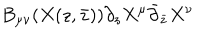
B _ { \mu \nu } ( X ( z , \bar { z } ) ) \partial _ { z } X ^ { \mu } \bar { \partial } _ { \bar { z } } X ^ { \nu }